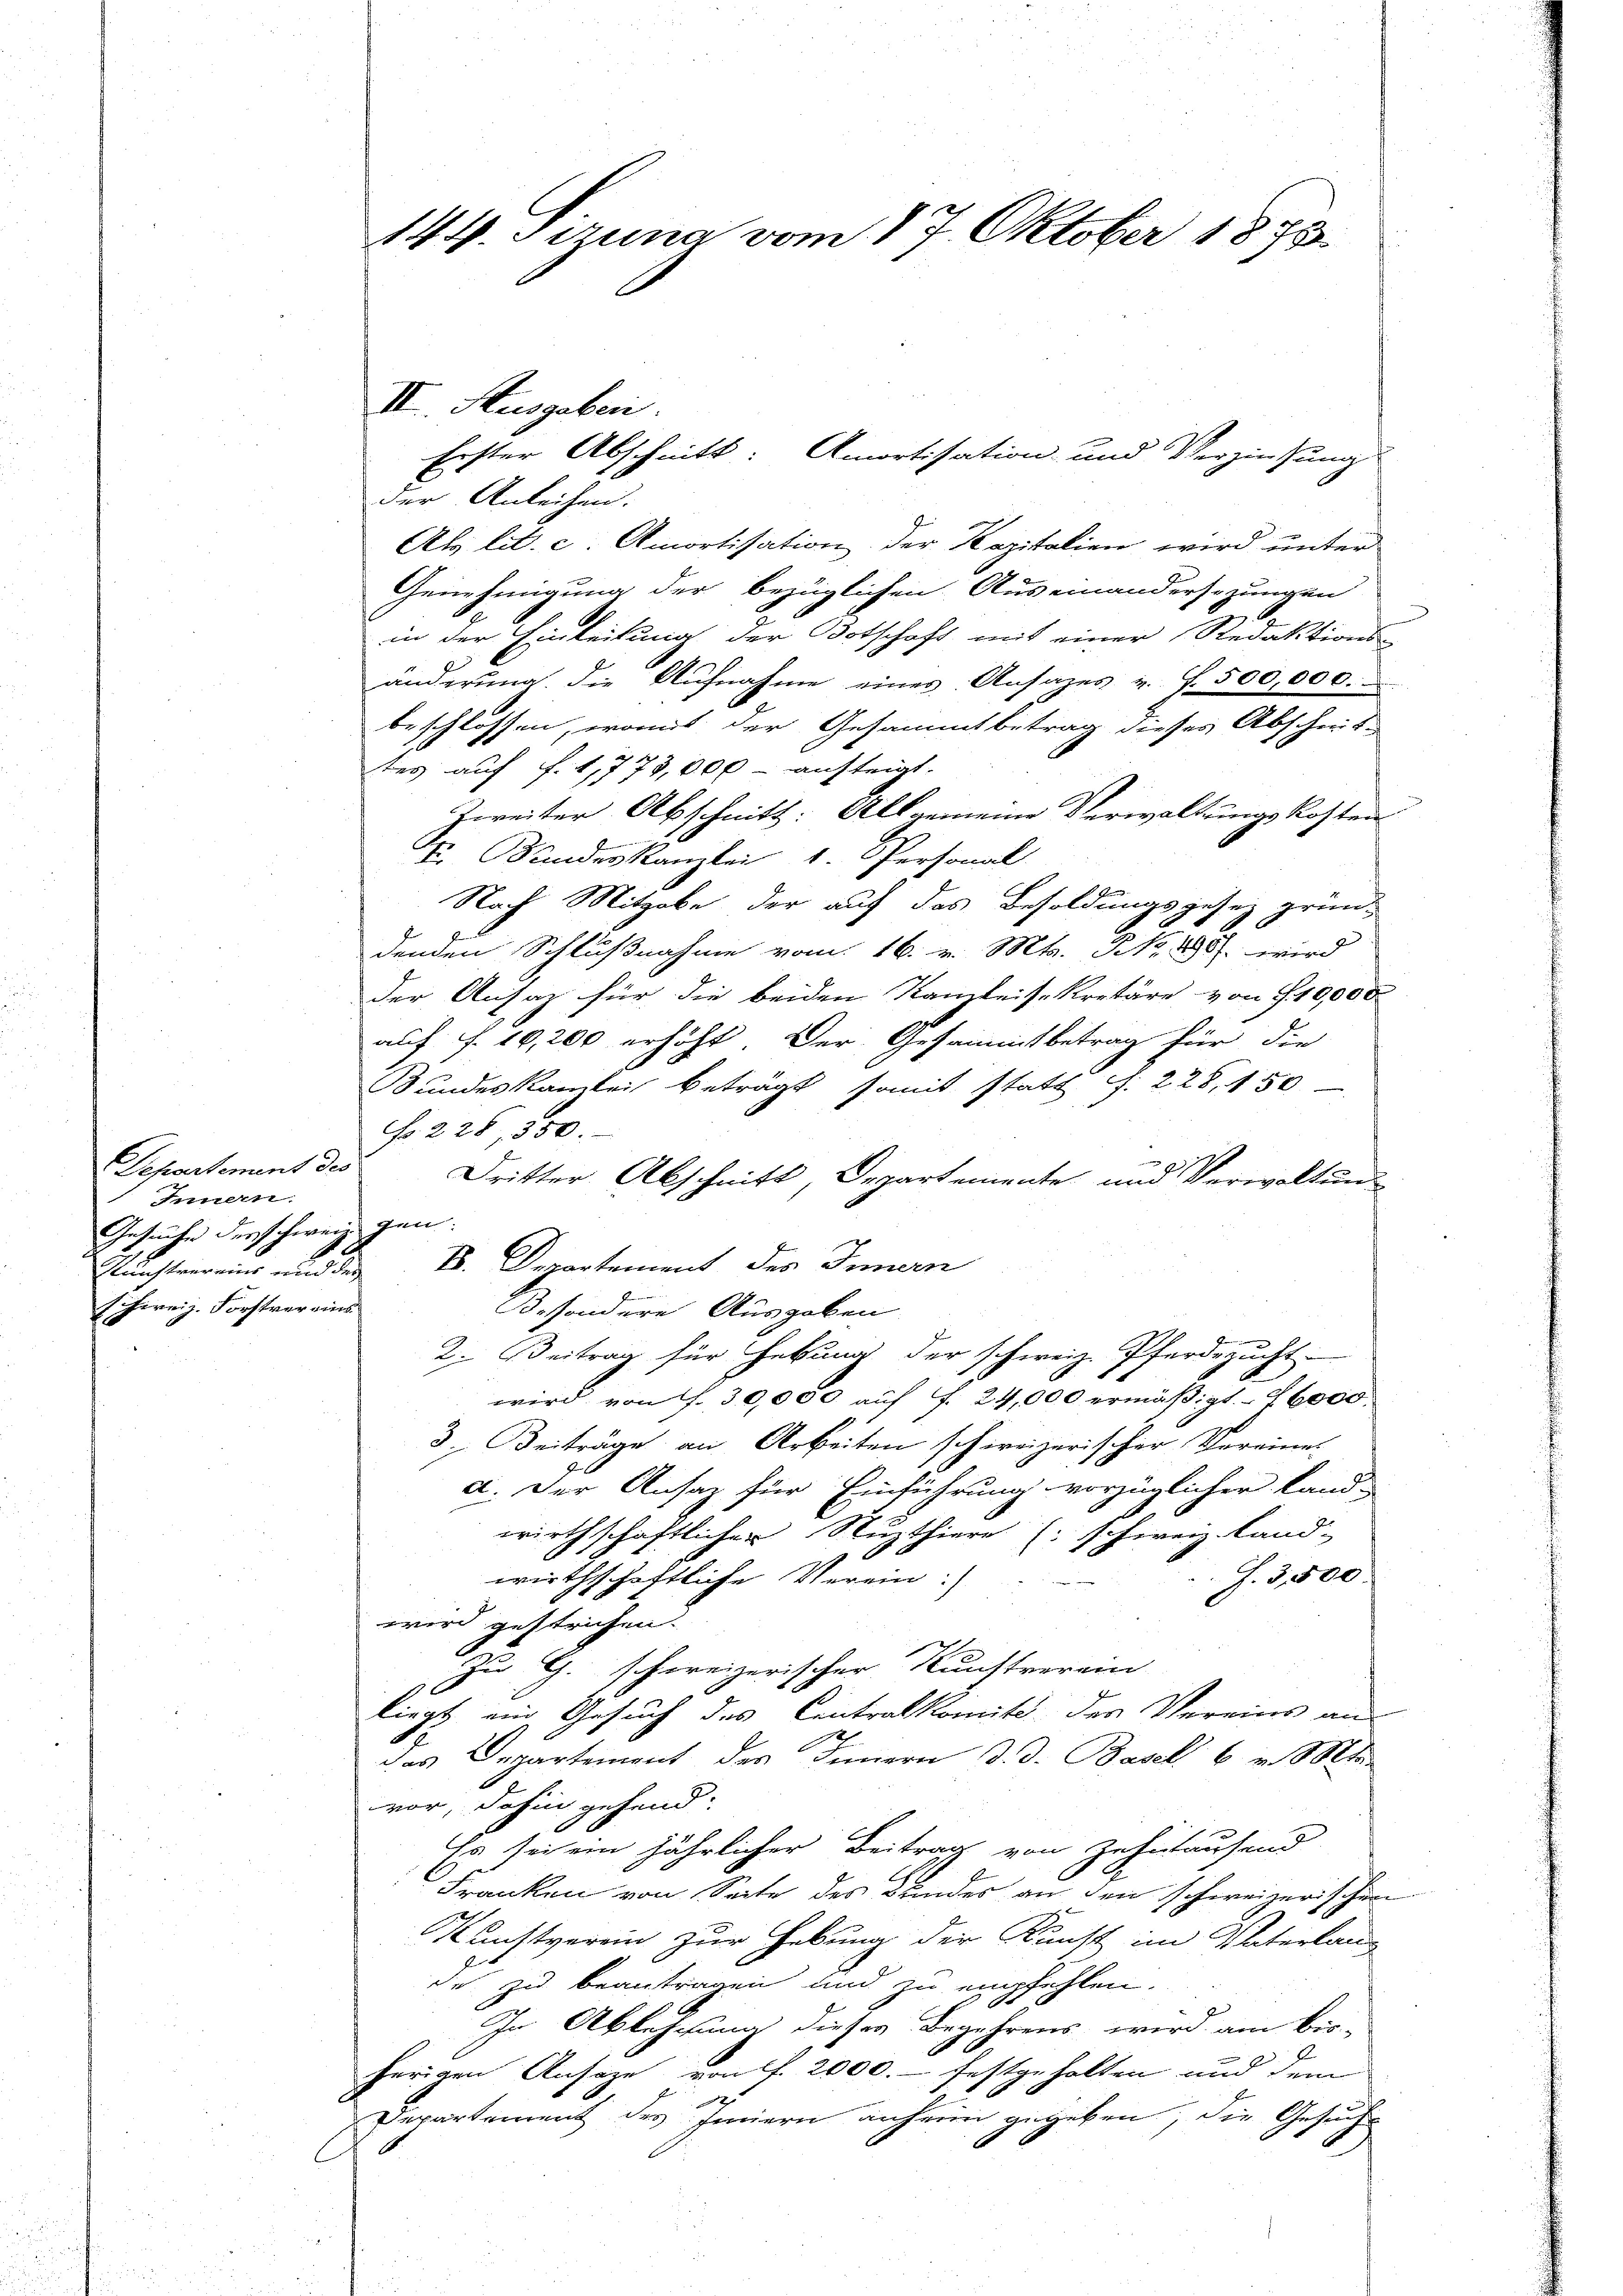
Separtement des
Innern.
Gesuche derschweizigen.
Schweiz. Forstvereins

II. Ausgaben.
der Anleihen.
Als lit. c. Amortisation der Kapitalien wird unter
Genehmigung der bezüglichen Auseinandersezungen
in der Einleitung der Botschaft mit einer Redaktions-
änderung die Aŭfnahme eines Ansatzes u. f. 500,000.
beschlossen, womit der Gesammtbetrag dieses Abscheit-
tes auf f. 1,773,000 - aufteigt.
Zweiter Abschnitt: Allgemeine Verwaltungskosten
Fr. Bundeskanzlei, 1. Personal
Nach Mitgabe, der auf das Besoldungsgesez gründenden Schlußnahme vom 16. v. Mts. No. 1895. wird
der Ansaz für die beiden Kanzleisekretäre von § 10,000
auf f. 10,200 erhöht. Der Gesammtbetrag für die
Bundeskanzlei beträgt somit statt G. 228, 150
No. 228, 350.
Dritter Abschnitt, Departemente und Verwaltung
Kunstvereins und des B. Departement des Innern
Besondere Ausgaben
2. Beitrag für Hebung der schweiz. Pferdezucht
wird von f. 30,000 auf f. 24,000 ermäßigt. – 2 6000.
3. Beiträge an Arbeiten schweizerischer Vereines
a. Der Ansaz für Einführung vorzüglicher Land-
wirthschaftlicher Nuzthiere (schweiz. Land-
wirthschaftliche Verein.)
J. 3,500.
wird gestrichen.
Zu G. schweizerischer Kunstverein
liegt ein Gesuch des Centralkomite des Vereins an
das Departement des Innern d. d. Basel 6 v. Mts.
vor, dahin gehend.
Es sei ein jährlicher Beitrag von Zehntausend
Franken von Seite des Bundes an den schweizerischen
Kunstverein zur Hebung der Kunst im Vaterlang
de zu beantragen und zu empfehlen.
In Ableschung dieses Begehrens wird am bis-
herigen Ansage von f. 2000. festgehalten und dem
Departement des Innern anheim gegeben, die Gesuch

144. Sizung vom 17. Oktober 1875

Erster Abschnitt: Amortisation und Verzinsung